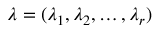
\lambda = ( \lambda _ { 1 } , \lambda _ { 2 } , \ldots , \lambda _ { r } )